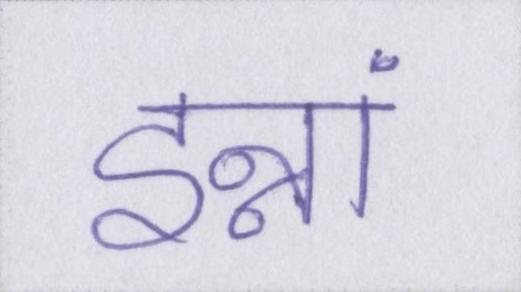
इन्नां